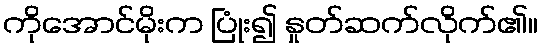
ကိုအောင်မိုးက ပြုံး၍ နှုတ်ဆက်လိုက်၏။